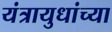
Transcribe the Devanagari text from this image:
यंत्रायुधांच्या